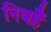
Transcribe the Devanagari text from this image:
निबहैं